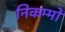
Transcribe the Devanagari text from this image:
निकम्मों